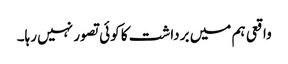
واقعی ہم میں برداشت کا کوئی تصور نہیں رہا۔